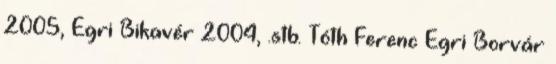
2005, Egri Bikavér 2004, .stb. Tóth Ferenc Egri Borvár